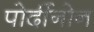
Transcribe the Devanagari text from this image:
पोर्दीनोन